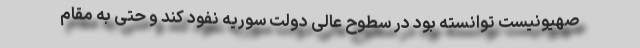
صهیونیست توانسته بود در سطوح عالی دولت سوریه نفود کند و حتی به مقام